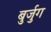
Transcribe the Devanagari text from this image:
बुर्जुग